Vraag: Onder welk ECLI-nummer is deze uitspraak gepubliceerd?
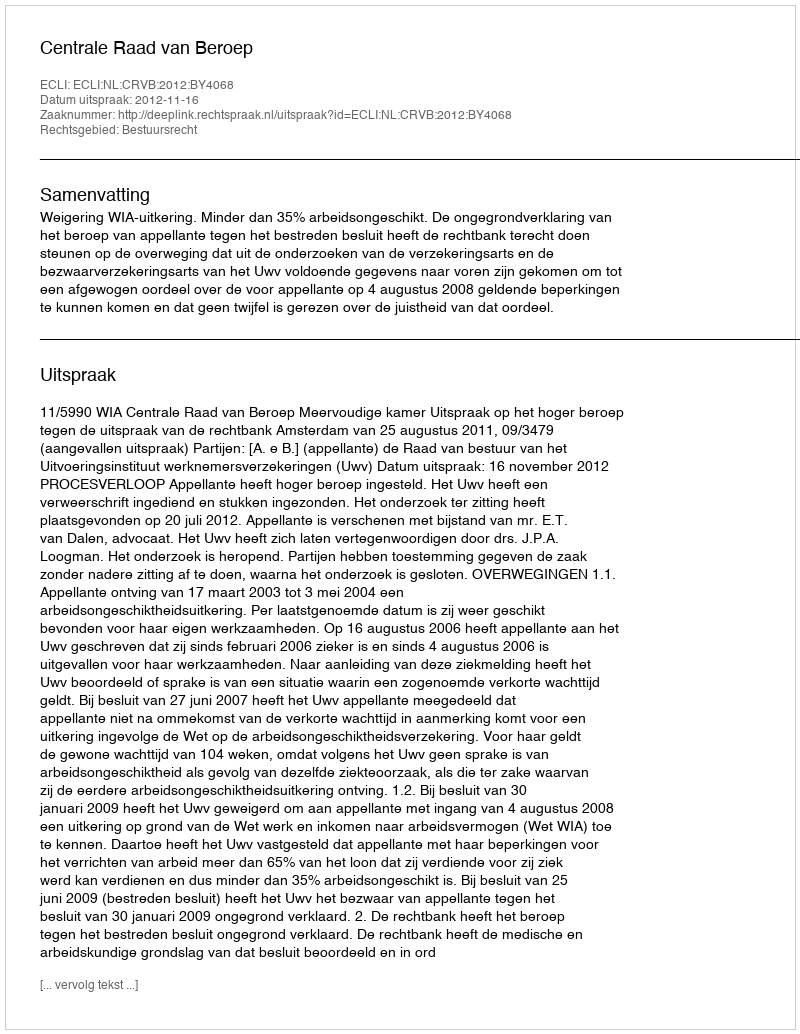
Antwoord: ECLI:NL:CRVB:2012:BY4068